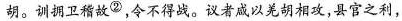
胡。训拥卫稽故^{②}，令不得战。议者咸以羌胡相攻，县官之利，